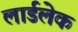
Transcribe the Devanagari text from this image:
लार्डलेक